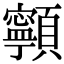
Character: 𩕳